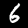
Label: 6